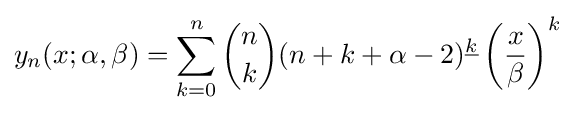
y_{n}(x;\alpha ,\beta )=\sum _{k=0}^{n}{\binom {n}{k}}(n+k+\alpha -2)^{\underline {k}}\left({\frac {x}{\beta }}\right)^{k}